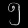
Digit: ၅